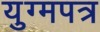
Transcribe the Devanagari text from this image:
युग्मपत्र